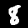
Label: 8